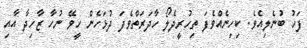
ފަހު ބުނެލިއެވެ. ކިހިނެއްވެފަ ތިހުރީދެލޯ ހާދަރަތްވެފަ ދުޅަހެން ހީވޭ ނުހާ ޒާހިދާ އާއި